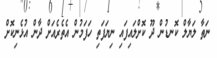
ނަތާ ލަޔާލް ކޮނޑުން ދޫ ކޮށްލައިފައި ނިޔަފަތި ހަފަމުން އެތެރެއަށް ދާން އުޅެނިކޮށް